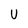
Character: U